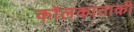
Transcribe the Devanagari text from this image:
कोलकाताकी